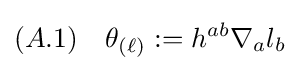
(A.1)\quad \theta _{(\ell )}:=h^{ab}\nabla _{a}l_{b}\;